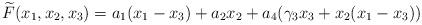
LaTeX: \begin{align*}\widetilde{F}(x_{1},x_{2},x_{3}) & =a_{1}(x_{1}-x_{3})+a_{2}x_{2}+a_{4}(\gamma_{3}x_{3}+x_{2}(x_{1}-x_{3}))\end{align*}